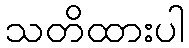
သတိထားပါ